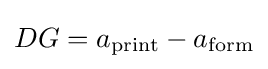
DG=a_{\text{print}}-a_{\text{form}}